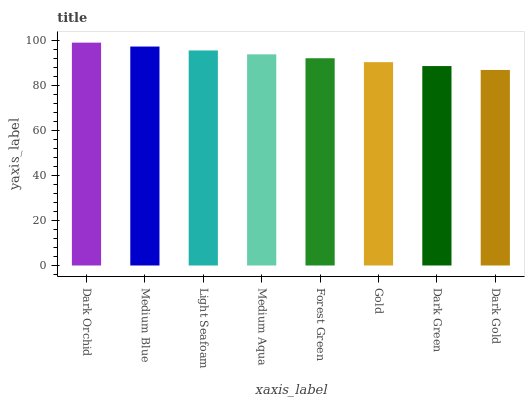
| xaxis_label | bars |
 | --- | --- |
 | Dark Orchid | 99 |
 | Medium Blue | 97.3 |
 | Light Seafoam | 95.5 |
 | Medium Aqua | 93.8 |
 | Forest Green | 92.1 |
 | Gold | 90.3 |
 | Dark Green | 88.6 |
 | Dark Gold | 86.9 |